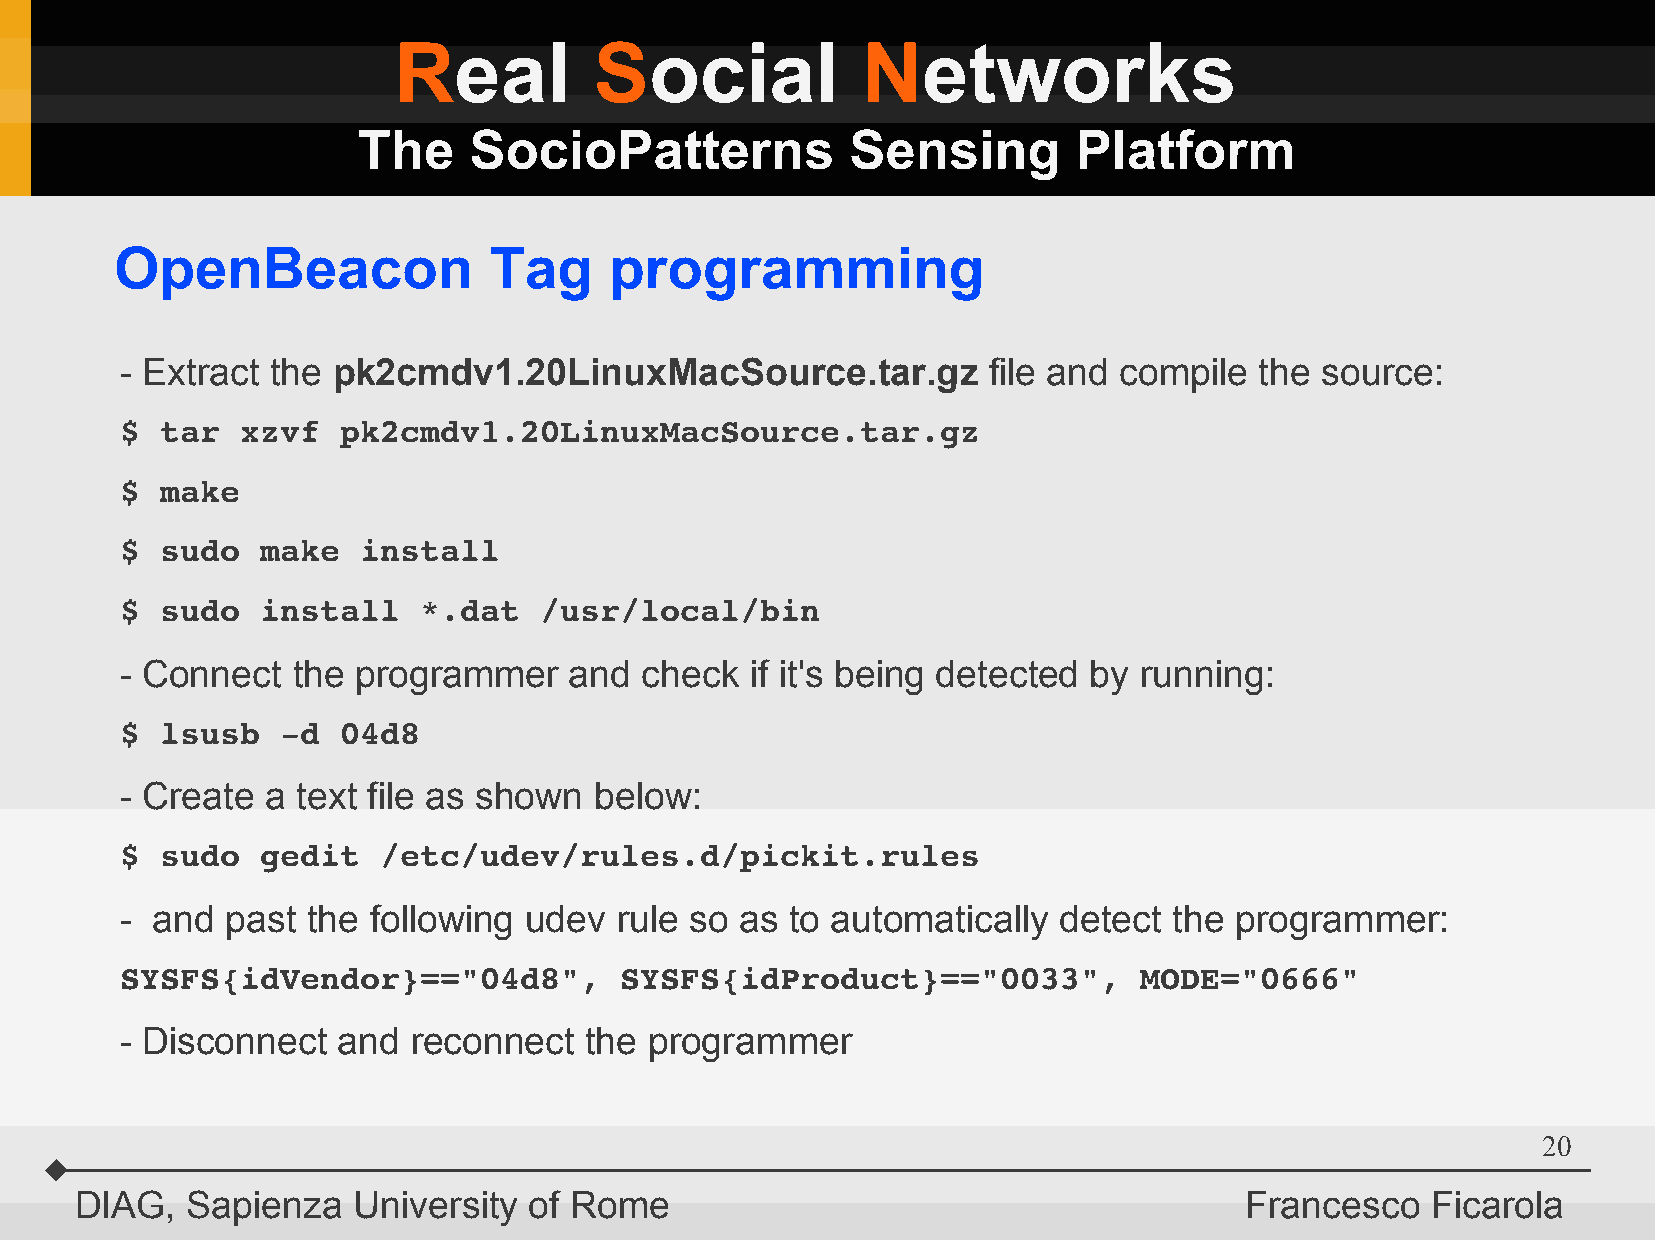
Real         Social            Networks
 The    SocioPatterns            Sensing        Platform
 OpenBeacon              Tag     programming
 - Extract the pk2cmdv1.20LinuxMacSource.tar.gz           file and compile  the source:
 $  tar  xzvf  pk2cmdv1.20LinuxMacSource.tar.gz
 $  make
 $  sudo  make   install
 $  sudo  install    *.dat   /usr/local/bin
 - Connect  the programmer     and check   if it's being detected by running:
 $  lsusb   ­d 04d8
 - Create  a text file as shown below:
 $  sudo  gedit   /etc/udev/rules.d/pickit.rules
 - and  past the following  udev  rule so as to automatically  detect  the programmer:
 SYSFS{idVendor}=="04d8",         SYSFS{idProduct}=="0033",         MODE="0666"
 - Disconnect  and  reconnect   the programmer
 20
 DIAG,  Sapienza   University  of Rome                                        Francesco    Ficarola